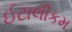
ઈટાલીકમ